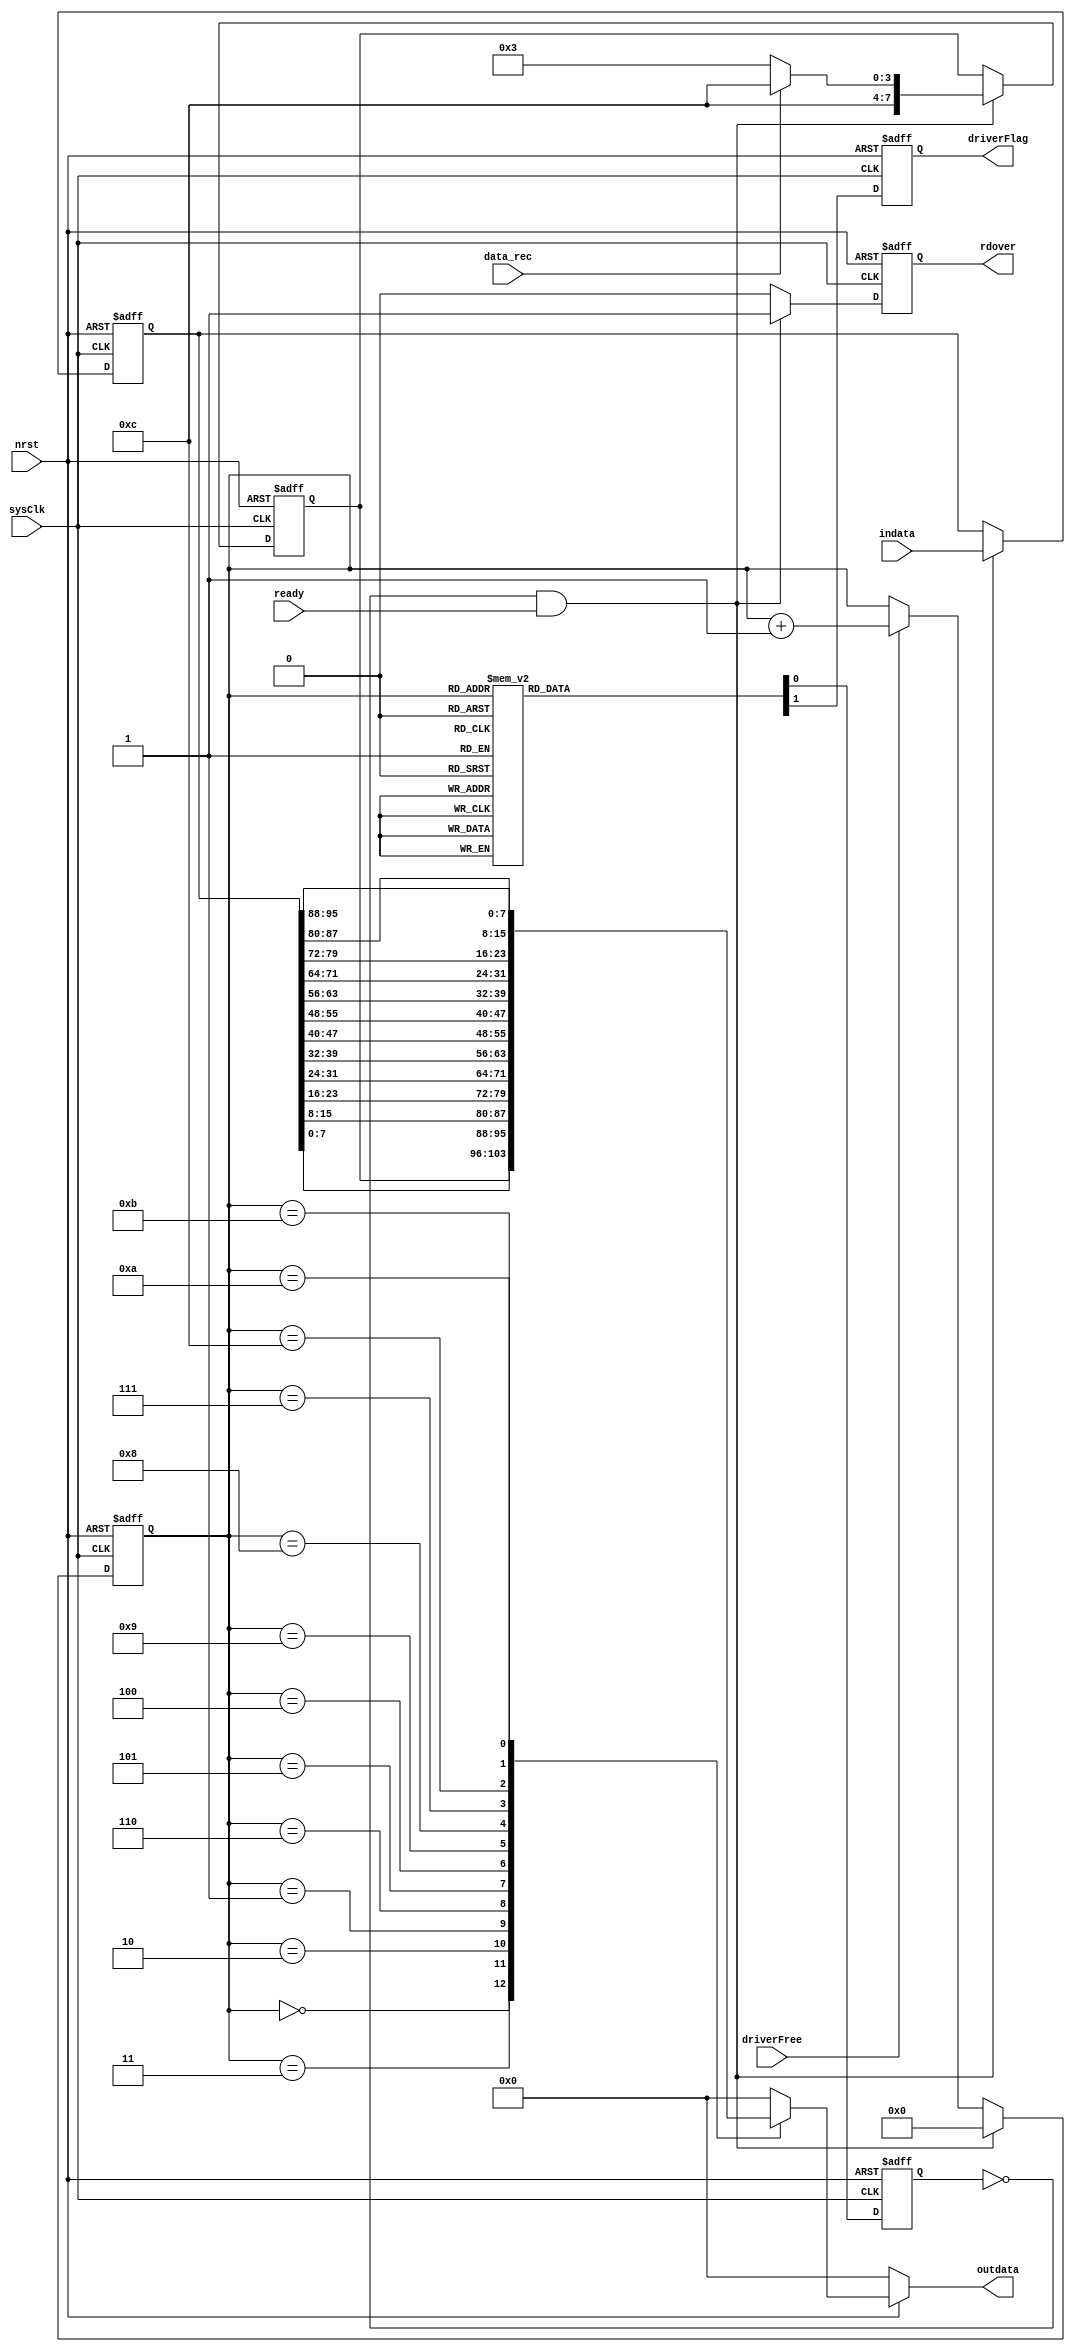
/***************UART******************
**** 
**** uart_tx_control I0(.nrst(),.sysClk(),.ready(),.indata(),.driverFree(),.rdover(),.driverFlag(),.outdata());
************************************************/

module uart_tx_control
(
	input nrst,											//
	input sysClk,										//50MHz
	input ready,										//
	input [95:0] indata,								//48
	input driverFree,									//UART
	
	output rdover,										//									
	output driverFlag,								//
	output [7:0] outdata,							//8
	input	 data_rec									//	
);


//---------------------------------------------
//---readybusy
//---
//----------------------------------------------------
wire busy;												//indata
wire [95:0] buffer;
reg [7:0]	tx_flag;									//8 
reg rdover_tmp;
reg [95:0] buffer_tmp;
always @(posedge sysClk or negedge nrst)
begin
	if(!nrst)
	begin
		buffer_tmp <= 96'd0;
		rdover_tmp <= 1'b0;
		tx_flag <= 8'b0;
	end
	else if(~busy && ready)												//ready=1rdover=0busy=0
	begin																		//rdover=1rdoverready=0
		rdover_tmp <= 1'b1;												//rdover=0ready=0,rdover=0
		buffer_tmp <= indata;
		if (data_rec)
			tx_flag <= 8'b1100_1100;
		else
			tx_flag <= 8'b1100_0011;
	end
	else
		rdover_tmp <= 1'b0;
end
assign rdover = rdover_tmp;
assign buffer = buffer_tmp;


//--------------------------------------------------
//--961213
//-----------------------------------------------------------
wire [3:0] frameCnt;
reg [3:0] frameCnt_tmp;
always @(posedge sysClk or negedge nrst)
begin
	if(!nrst)
		frameCnt_tmp <= 4'd0;
	else if(~busy && ready)
		frameCnt_tmp <= 4'd0;
	else if(driverFree)
		frameCnt_tmp <= frameCnt_tmp + 1'b1;
end
assign frameCnt = frameCnt_tmp;


//-----------------------------------------
//--frameCnt1~12
//------------------------------------------------
reg busy_tmp;
reg driverFlag_tmp;
always @(posedge sysClk or negedge nrst)
begin
	if(!nrst)
	begin
		busy_tmp <= 1'b0;		driverFlag_tmp <= 1'b0;
	end
	else
		case(frameCnt)
			4'd0,4'd1,4'd2,4'd3,4'd4,4'd5,4'd6,
			4'd7,4'd8,4'd9,4'd10,4'd11,4'd12:
					begin
						busy_tmp <= 1'b1;		driverFlag_tmp <= 1'b1;
					end
			default:
					begin
						busy_tmp <= 1'b0;		driverFlag_tmp <= 1'b0;				//frameCnt=7driverFlag=0driverFree0frameCnt
					end																		//frameCnt7,readyframeCnt
		endcase	
end
assign busy = busy_tmp;
assign driverFlag = driverFlag_tmp;


//-------------------------------------
reg [7:0] outdata_tmp;
always @(*)
begin
	if(!nrst)
		outdata_tmp = 8'd0;
	else
		case(frameCnt)
			4'd0:		outdata_tmp = tx_flag;			//
			4'd3:		outdata_tmp = buffer[7:0];
			4'd2:		outdata_tmp = buffer[15:8];
			4'd1:		outdata_tmp = buffer[23:16];
			4'd6:		outdata_tmp = buffer[31:24];
			4'd5:		outdata_tmp = buffer[39:32];
			4'd4:		outdata_tmp = buffer[47:40];			//488
			4'd9:		outdata_tmp = buffer[55:48];
			4'd8:		outdata_tmp = buffer[63:56];
			4'd7:		outdata_tmp = buffer[71:64];
			4'd12:	outdata_tmp = buffer[79:72];
			4'd11:	outdata_tmp = buffer[87:80];
			4'd10:	outdata_tmp = buffer[95:88];
			default:	outdata_tmp = 8'd0;
		endcase
end
assign outdata = outdata_tmp;

endmodule